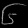
Digit: ၆